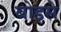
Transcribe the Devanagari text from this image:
बोइसे